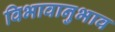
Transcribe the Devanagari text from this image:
विभावानुभाव